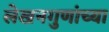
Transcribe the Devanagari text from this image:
लेखनगुणांच्या